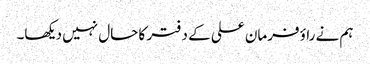
ہم نے راؤ فرمان علی کے دفتر کا حال نہیں دیکھا۔